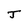
Character: J